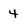
Character: 4